Report on sanitation, dispensaries, and jails in Rajputana for 1915, and on vaccination for the year 1915-1916 - 1915-1916
Year: 1915
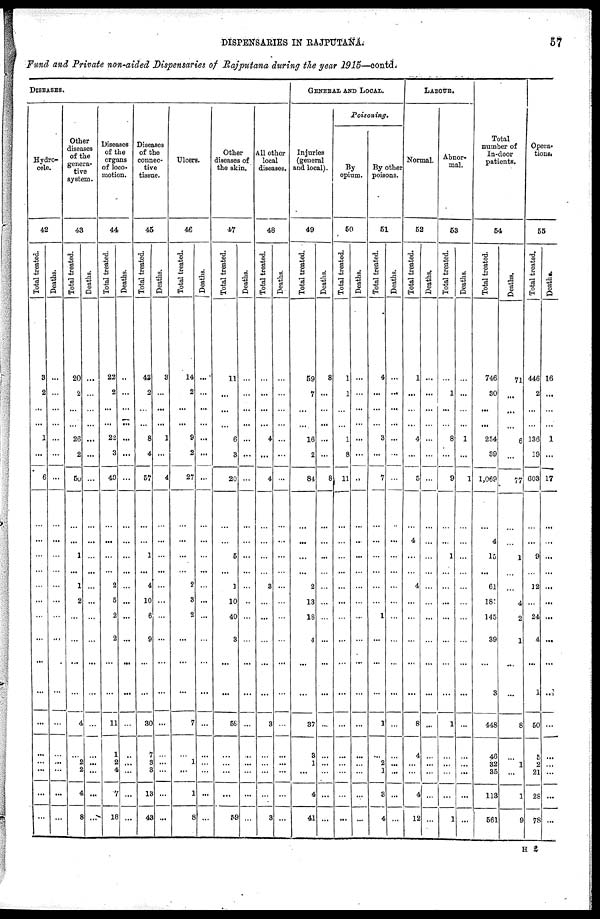
DISPENSARIES IN RAJPUTANA.
57
Fund and Private non-aided Dispensaries of Rajputana during the year 1915—contd.
DISEASES.
Hydro-
cale.
42
Total treated.
8
2
...
...
1
...
6
...
...
...
...
...
...
...
...
...
...
...
...
...
...
...
...
Deaths.
...
...
...
...
...
...
...
...
...
...
...
...
...
...
...
...
...
...
...
...
...
...
...
Other
diseases
of the
genera-
tive
system.
43
Total treated.
20
2
...
...
26
2
50
...
...
1
...
1
2
...
...
...
...
4
...
2
2
4
8
Deaths.
...
...
...
...
...
...
...
...
...
...
...
...
...
...
...
...
...
...
...
...
...
...
...
Diseases
of the
organs
of loco-
motion.
44
Total treated.
22
2
...
...
22
3
49
...
...
...
...
2
5
2
2
...
...
11
1
2
4
7
18
Deaths.
...
...
...
...
...
...
...
...
...
...
...
...
...
...
...
...
...
...
...
...
...
...
...
Diseases
of the
connec-
tive
tissue.
45
Total treated.
43
2
...
...
8
4
57
...
...
1
...
4
10
6
9
...
...
30
7
3
3
13
43
Deaths.
3
...
...
...
1
...
4
...
...
...
...
...
...
...
...
...
...
...
...
...
...
...
...
Ulcers.
46
Total treated.
14
2
...
...
9
2
27
...
...
...
...
2
3
2
...
...
...
7
...
1
...
1
8
Deaths.
...
...
...
...
...
...
...
...
...
...
...
...
...
...
...
...
...
...
...
...
...
...
...
Other
diseases of
the skin.
47
Total treated.
11
...
...
...
6
3
20
...
...
5
...
1
10
40
8
...
...
59
...
...
...
...
59
Deaths.
...
...
...
...
...
...
...
...
...
...
...
...
...
...
...
...
...
...
...
...
...
...
...
All other
local
diseases.
48
Total treated.
...
...
...
...
4
...
4
...
...
...
...
3
...
...
...
...
...
3
...
...
...
...
3
Deaths.
...
...
...
...
...
...
...
...
...
...
...
...
...
...
...
...
...
...
...
...
...
...
...
GENERAL AND LOCAL.
Injuries
(general
and local).
49
Total treated.
59
7
...
...
16
2
84
...
...
...
...
2
13
18
4
...
...
37
3
1
...
4
41
Deaths.
8
...
...
...
...
...
8
...
...
...
...
...
...
...
...
...
...
...
...
...
...
...
...
Poisoning.
By
opium.
50
Total treated.
1
1
...
...
1
8
11
...
...
...
...
...
...
...
...
...
...
...
...
...
...
...
...
Deaths.
...
...
...
...
...
...
...
...
...
...
...
...
...
...
...
...
...
...
...
...
...
...
...
By other
poisons.
51
Total treated.
4
...
...
...
3
...
7
...
...
...
...
...
...
1
...
...
...
1
...
2
1
3
4
Deaths.
...
...
...
...
...
...
...
...
...
...
...
...
...
...
...
...
...
...
...
...
...
...
...
LABOUR.
Normal.
52
Total treated.
1
...
...
...
4
...
5
...
4
...
...
4
...
...
...
...
...
8
4
...
...
4
12
Deaths.
...
...
...
...
...
...
...
...
...
...
...
...
...
...
...
...
...
...
...
...
...
...
...
Abnor¬
mal.
53
Total treated.
...
1
...
...
8
...
9
...
...
1
...
...
...
...
...
...
...
1
...
...
...
...
1
Deaths.
...
...
...
...
1
...
1
...
...
...
...
...
...
...
...
...
...
...
...
...
...
...
...
Total
number of
In-door
patients.
54
Total treated.
746
30
...
...
254
89
1,069
...
4
15
...
61
181
145
39
...
3
448
46
32
35
113
561
Deaths.
71
...
...
...
6
...
77
...
...
1
...
...
4
2
1
...
...
8
...
1
...
1
9
Opera¬
tions.
55
Total treated.
446
2
...
...
136
19
603
...
...
9
...
12
...
24
4
...
1
50
5
2
21
28
78
Deaths.
16
...
...
...
1
...
17
...
...
...
...
...
...
...
...
...
...
...
...
...
...
...
...
H 2